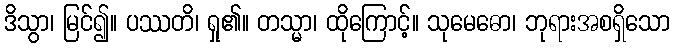
ဒိသွာ၊ မြင်၍။ ပဿတိ၊ ရှု၏။ တသ္မာ၊ ထိုကြောင့်။ သုမေဓော၊ ဘုရားအစရှိသော